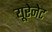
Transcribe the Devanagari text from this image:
यूरेनेट